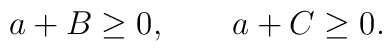
a+B \geq 0, \qquad a+C \geq 0.